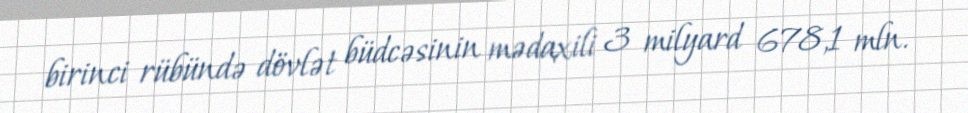
birinci rübündə dövlət büdcəsinin mədaxili 3 milyard 678,1 mln.